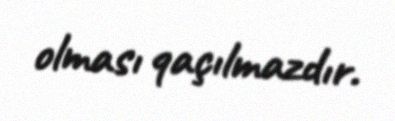
olması qaçılmazdır.